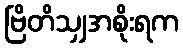
ဗြိတိသျှအစိုးရက